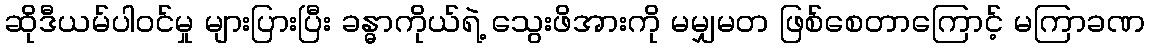
ဆိုဒီယမ်ပါဝင်မှု များပြားပြီး ခန္ဓာကိုယ်ရဲ့ သွေးဖိအားကို မမျှမတ ဖြစ်စေတာကြောင့် မကြာခဏ